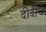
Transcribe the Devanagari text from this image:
दीदींचे